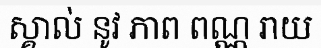
ស្គាល់ នូវ ភាព ពណ្ណ រាយ